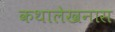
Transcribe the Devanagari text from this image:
कथालेखनास